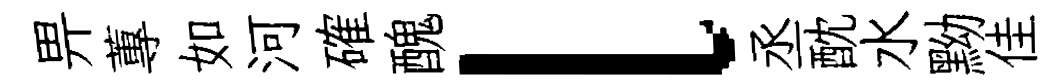
畀蓴如河確醜l丞酖水黝佳